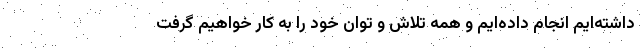
داشته‌ایم انجام داده‌ایم و همه تلاش و توان خود را به کار خواهیم گرفت